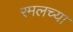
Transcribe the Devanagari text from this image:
रमलच्या